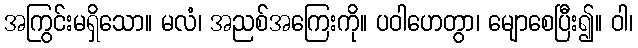
အကြွင်းမရှိသော။ မလံ၊ အညစ်အကြေးကို။ ပဝါဟေတွာ၊ မျောစေပြီး၍။ ဝါ၊